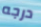
درجه